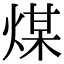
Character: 煤